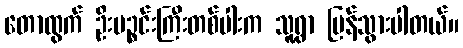
တောထွက် ဦးပဉ္စင်းကြီးတစ်ပါးက သူ့ရွာ ပြန်သွားပါတယ်။